Leningradi_Edasi_toimetus, lk 8
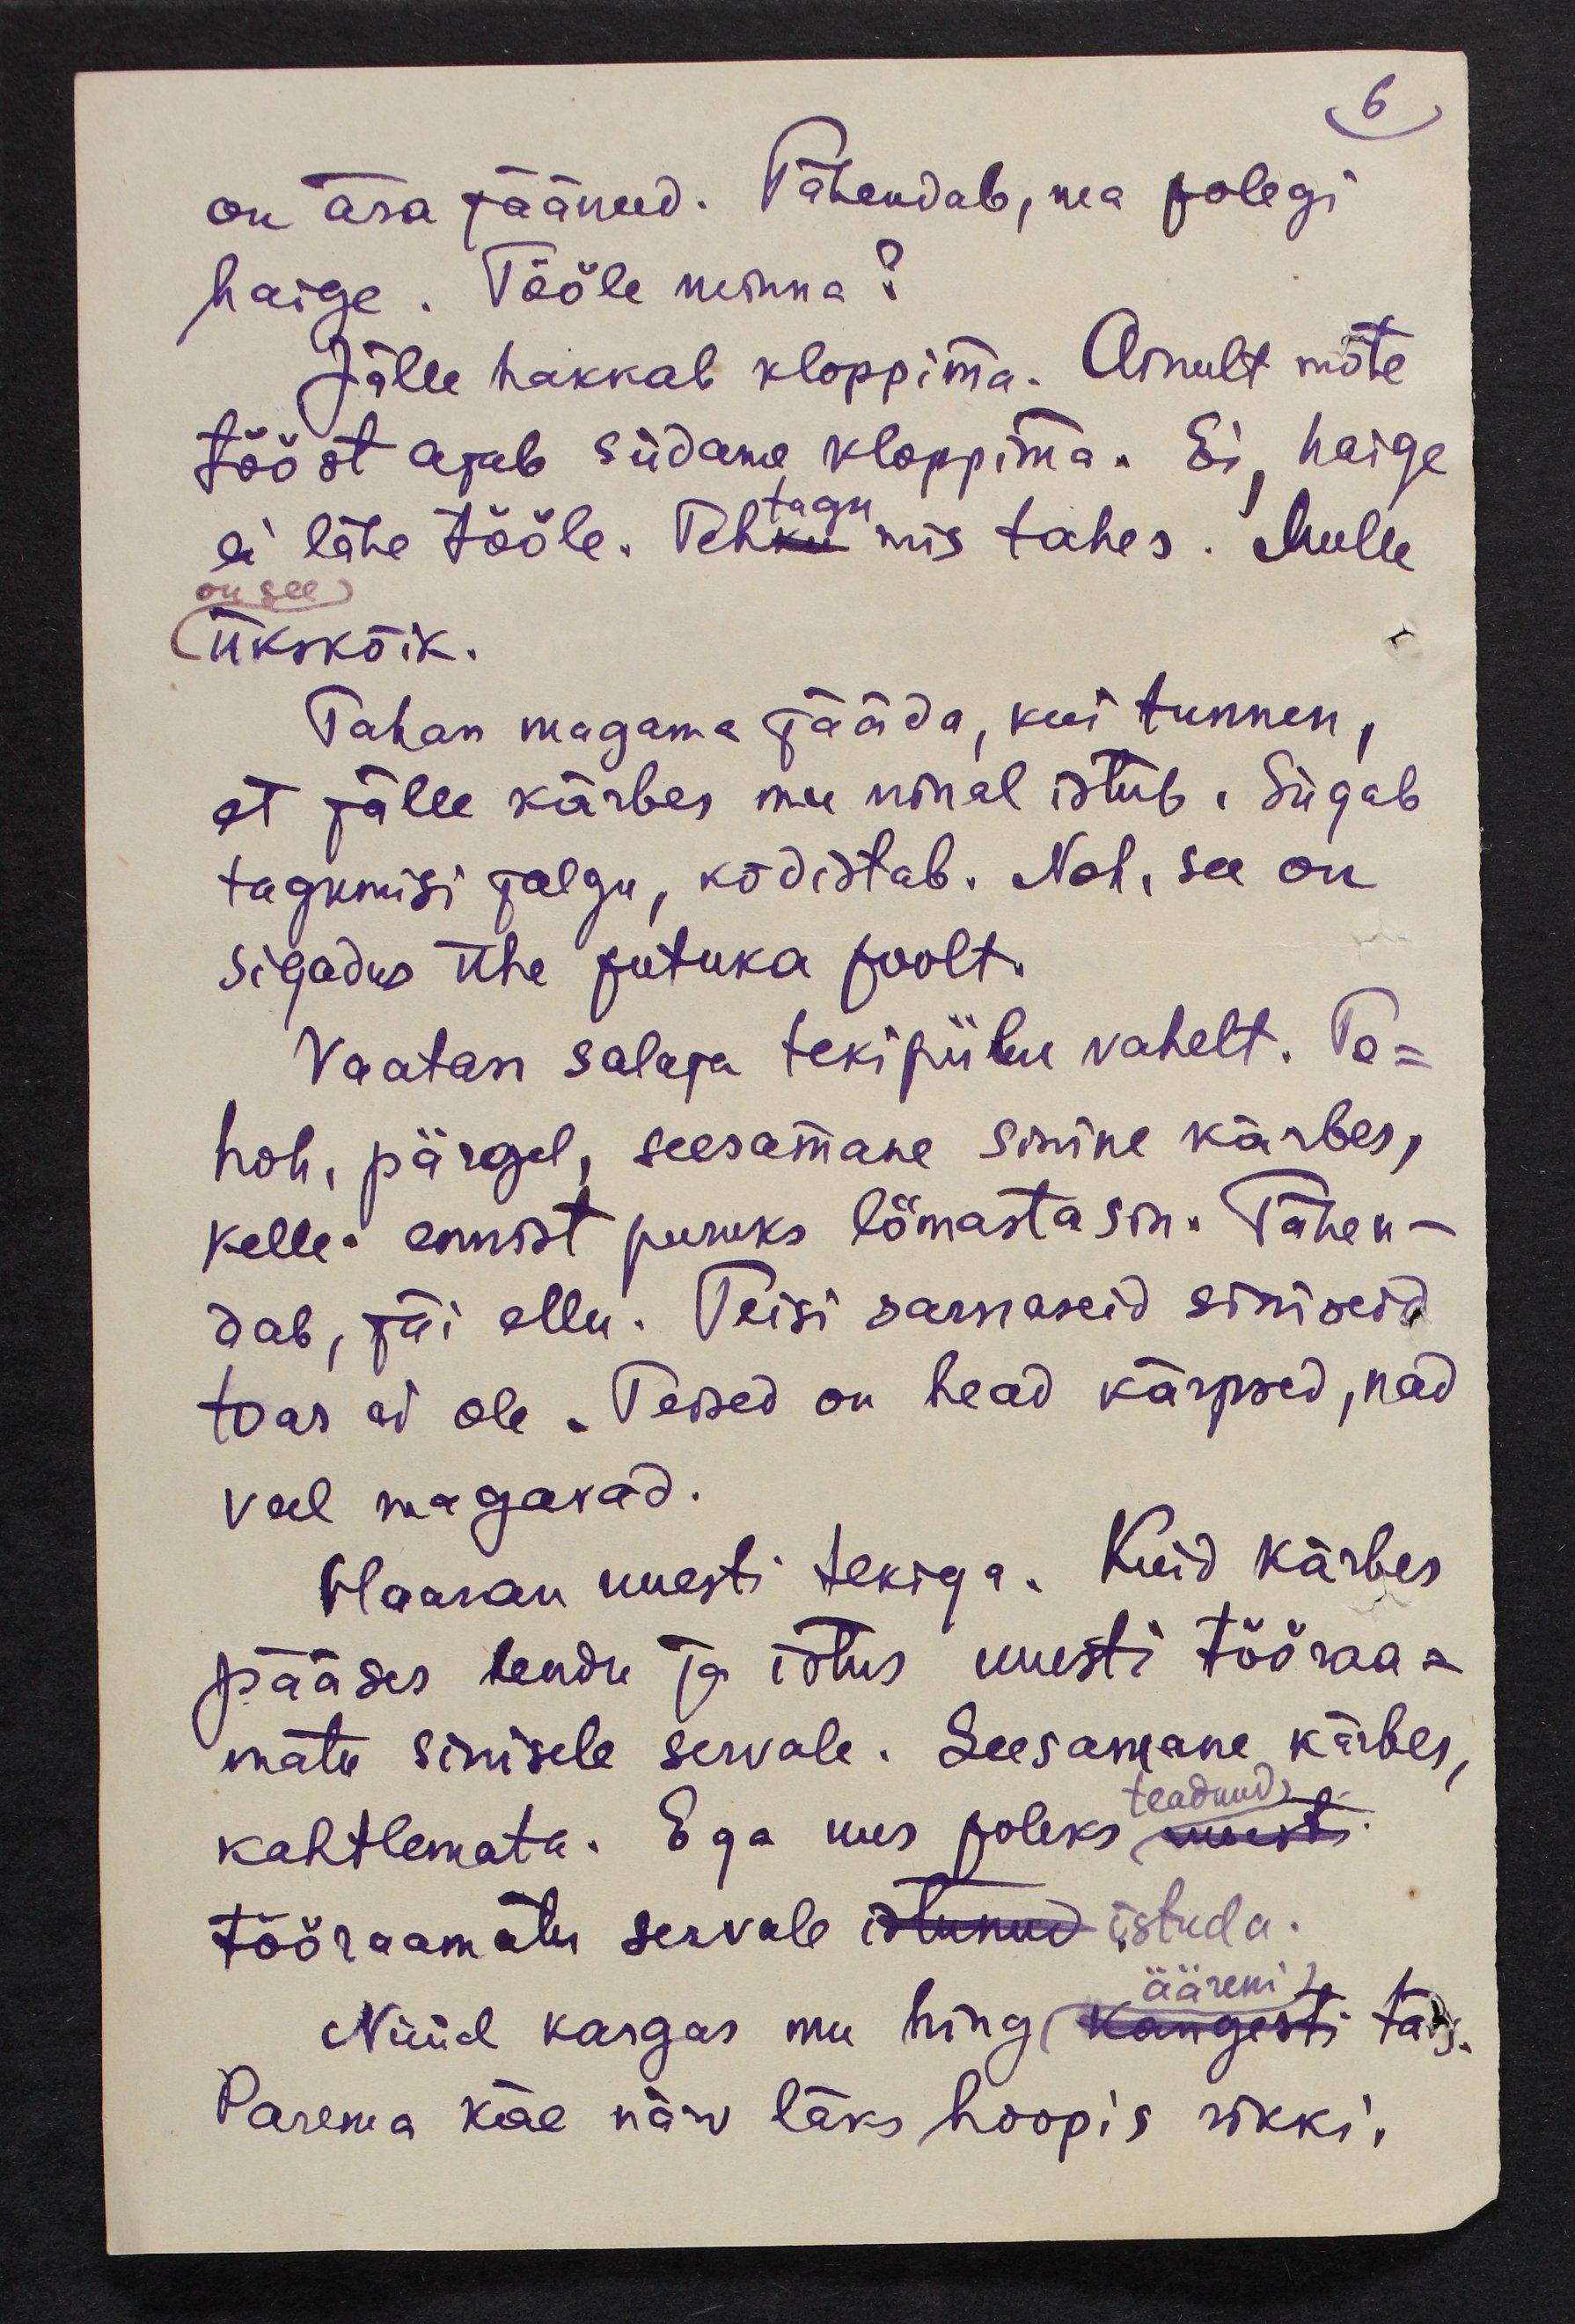
6
on ära jäänud. Tähendab, ma polegi
haige. Tööle minna?
Jälle hakkab kloppima. Ainult mõte
tööst ajab südame kloppima. Ei haige
ei lähe tööle. Tehtagu mis tahes. Mulle
on see
ükskõik.
Tahan magama jääda, kui tunnen,
et jälle kärbes mu ninal istub. Sügab
tagumisi jalgu, kõdistab. Noh, see on
sigadus ühe putuka poolt.
Vaatan salaja tekipiilu vahelt. To-
hoh, pärgel, seesamane sinine kärbes,
kelle ennist puruks lömastasin. Tähen-
dab, jäi ellu. Teisi sarnaseid siniseid
toas ei ole. Teised on head kärpsed, nad
veel magavad.
Haaran uuesti tekiga. Kuid kärbes
pääses lendu ja istus uuesti tööraa-
matu sinisele servale. Seesamane kärbes,
teadnud
kahtlemata. Ega uus poleks uuesti
tööraamatu servale istunud istuda.
Nüüd kargas mu hing kangesti täis-
ääreni
Parema käe närv läks hoopis rikki,